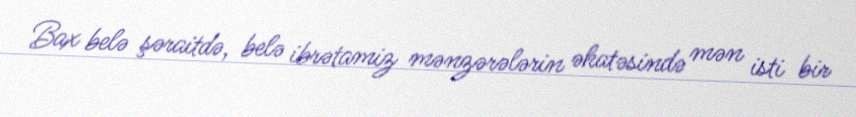
Bax belə şəraitdə, belə ibrətamiz mənzərələrin əhatəsində mən isti bir